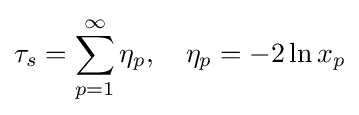
\tau _{s}=\sum _{p=1}^{\infty }\eta _{p},\quad \eta _{p}=-2\ln x_{p}